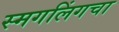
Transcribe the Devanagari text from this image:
स्मगलिंगचा